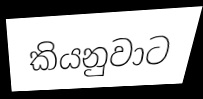
කියනුවාට